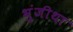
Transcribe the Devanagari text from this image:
भुंजीथा